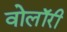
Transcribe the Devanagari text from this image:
वोलॉरी